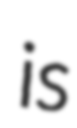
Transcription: is